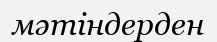
мәтіндерден